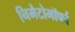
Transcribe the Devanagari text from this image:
निमैटोमॉर्फा